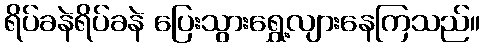
ရိပ်ခနဲရိပ်ခနဲ ပြေးသွားရွှေ့လျားနေကြသည်။